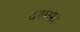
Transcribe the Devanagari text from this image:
दशमाः